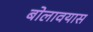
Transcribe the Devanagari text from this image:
बोलावयास